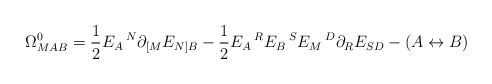
\begin{align*}\Omega^0_{MAB}=\frac{1}{2}E_A\,^N\partial_{[M}E_{N]B}-\frac{1}{2}E_A\,^RE_B\,^SE_M\,^D\partial_RE_{SD}-(A\leftrightarrow B)\end{align*}